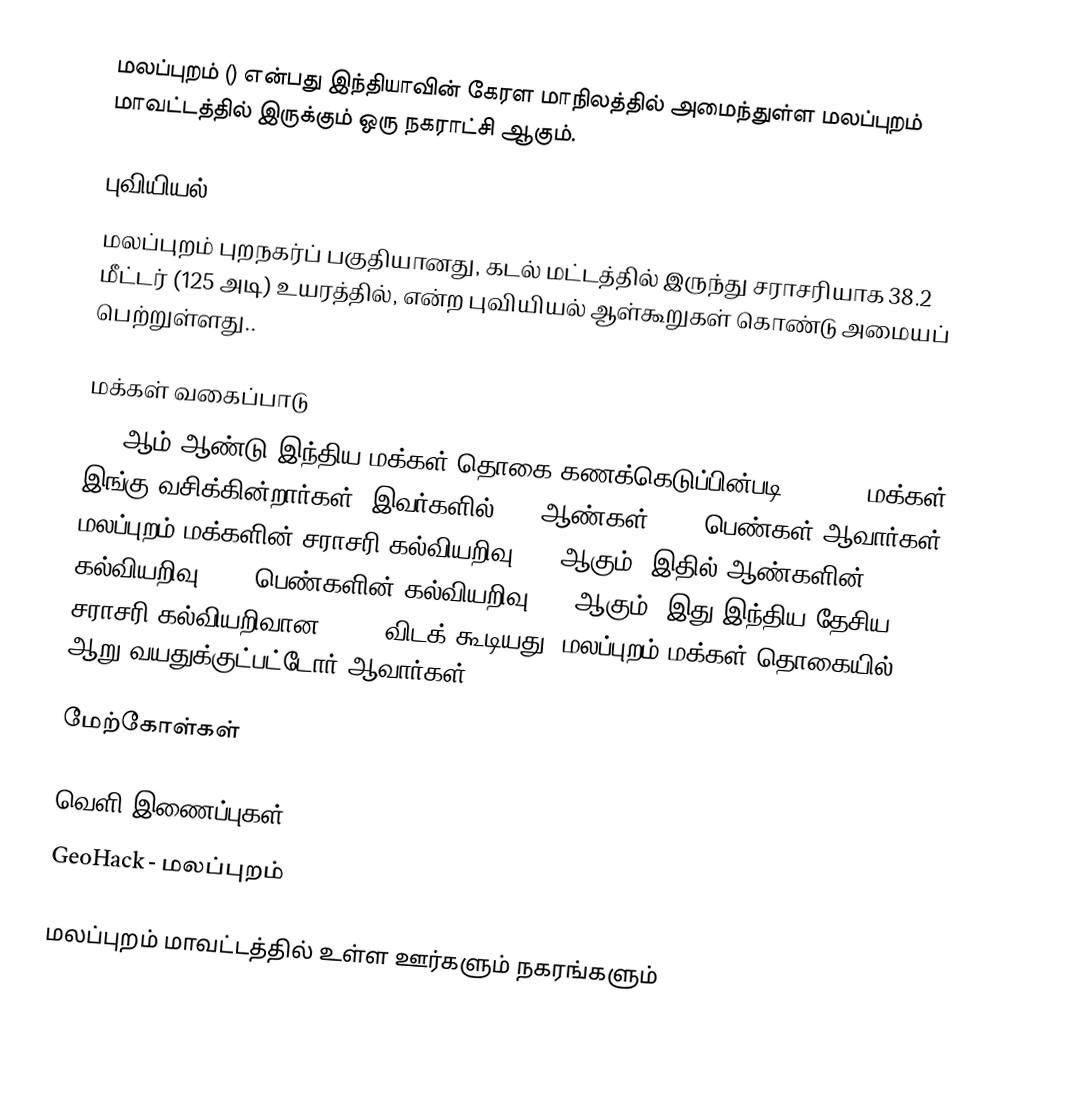
மலப்புறம் () என்பது இந்தியாவின் கேரள மாநிலத்தில் அமைந்துள்ள மலப்புறம் மாவட்டத்தில் இருக்கும் ஒரு நகராட்சி ஆகும்.

புவியியல்
மலப்புறம் புறநகர்ப் பகுதியானது, கடல் மட்டத்தில் இருந்து சராசரியாக 38.2 மீட்டர் (125 அடி) உயரத்தில்,  என்ற புவியியல் ஆள்கூறுகள் கொண்டு அமையப் பெற்றுள்ளது..

மக்கள் வகைப்பாடு
2001ஆம் ஆண்டு இந்திய மக்கள் தொகை கணக்கெடுப்பின்படி, 58,490 மக்கள் இங்கு வசிக்கின்றார்கள். இவர்களில் 49% ஆண்கள்; 51% பெண்கள் ஆவார்கள். மலப்புறம் மக்களின் சராசரி கல்வியறிவு 80% ஆகும். இதில் ஆண்களின் கல்வியறிவு 82%; பெண்களின் கல்வியறிவு 79% ஆகும். இது இந்திய தேசிய சராசரி கல்வியறிவான 59.5% விடக் கூடியது. மலப்புறம் மக்கள் தொகையில் 15%  ஆறு வயதுக்குட்பட்டோர் ஆவார்கள்.

மேற்கோள்கள்

வெளி இணைப்புகள்
 GeoHack - மலப்புறம்

மலப்புறம் மாவட்டத்தில் உள்ள ஊர்களும் நகரங்களும்